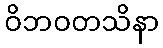
ဝိဘဝတသိနာ